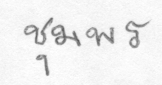
ชุมพร